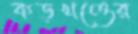
কড়খণ্ডের